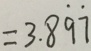
= 3 . 8 \dot { 9 } \dot { 7 }